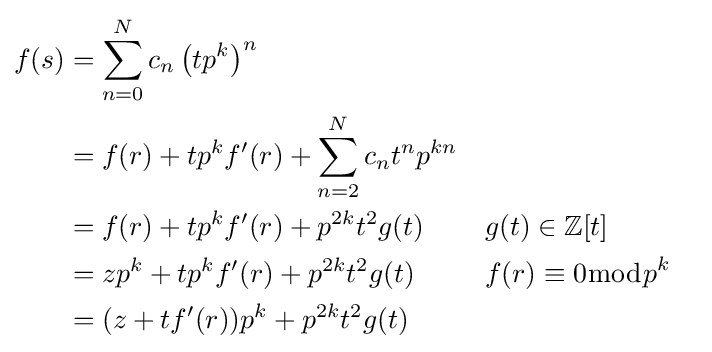
{\begin{aligned}f(s)&=\sum _{n=0}^{N}c_{n}\left(tp^{k}\right)^{n}\\&=f(r)+tp^{k}f'(r)+\sum _{n=2}^{N}c_{n}t^{n}p^{kn}\\&=f(r)+tp^{k}f'(r)+p^{2k}t^{2}g(t)&&g(t)\in \mathbb {Z} [t]\\&=zp^{k}+tp^{k}f'(r)+p^{2k}t^{2}g(t)&&f(r)\equiv 0{\bmod {p}}^{k}\\&=(z+tf'(r))p^{k}+p^{2k}t^{2}g(t)\end{aligned}}